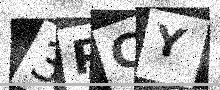
Text: 3PCY